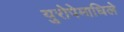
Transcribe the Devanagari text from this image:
युरोपेमाधिले